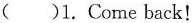
( )1.Come back！